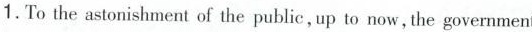
1.To the astonishment of the public, up to now,the government